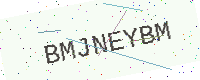
Text: BMJNEYBM